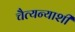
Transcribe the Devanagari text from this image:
चैत्यन्याशी